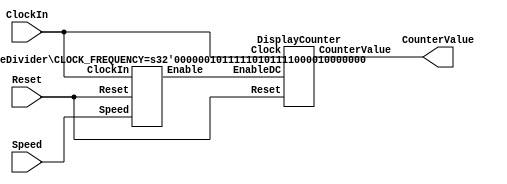
// Top Level Module
module part2 #(
    parameter CLOCK_FREQUENCY = 50000000
) (
    input ClockIn,
    input Reset,
    input [1:0] Speed,
    output [3:0] CounterValue
);
  wire EnableDC;

  // Instantiate Rate Divider
  RateDivider #(
      .CLOCK_FREQUENCY(CLOCK_FREQUENCY)
  ) RDInst (
      .ClockIn(ClockIn),
      .Reset  (Reset),
      .Speed  (Speed),
      .Enable (EnableDC)
  );

  // Instantiate Display Counter
  DisplayCounter DCInst (
      .Clock(ClockIn),
      .Reset(Reset),
      .EnableDC(EnableDC),
      .CounterValue(CounterValue)
  );

// 	// Hex Decoder
// 	HexDecoder HexInst (
//      .hex(CounterValue), .display(HEX0)  
//    );

endmodule

// Rate Divider Module takes a fast clock signal and divides its frequency to generate a slower pulse signal, enabling the DisplayCounter to update its value at controlled intervals
module RateDivider #(
    parameter CLOCK_FREQUENCY = 50000000
) (
    input ClockIn,
    input Reset,
    input [1:0] Speed,
    output Enable
);
    // Automatically find minimum number of bits for clock frequency (flexibility)
    // counter
    reg [31:0] maxCount;
    reg [31:0] counter; 

	always @(posedge ClockIn) begin
        if (Reset) begin
            // reset counter to 0 on reset, keep enable to low 
            counter <= maxCount;
				case(Speed)
                // Full speed (once every clock period)
                2'b00: maxCount = 32'b0; 
                // 1 Hz (once a second)
                2'b01: maxCount = CLOCK_FREQUENCY - 1; 
                // 0.5 Hz (once every 2 seconds)
                2'b10: maxCount = CLOCK_FREQUENCY * 2 - 1;
                // 0.25 Hz (once every 4 sec)
                2'b11: maxCount = CLOCK_FREQUENCY * 4 - 1; 
            endcase
            counter <= maxCount;
        end

        if(counter != 32'b0) begin
            counter <= counter - 1;
        end

        else begin
        		case(Speed)
                // Full speed (once every clock period)
                2'b00: maxCount = 0; 
                // 1 Hz (once a second)
                2'b01: maxCount = CLOCK_FREQUENCY - 1; 
                // 0.5 Hz (once every 2 seconds)
                2'b10: maxCount = CLOCK_FREQUENCY * 2 - 1;
                // 0.25 Hz (once every 4 sec)
                2'b11: maxCount = CLOCK_FREQUENCY * 4 - 1; 
            endcase
            counter <= maxCount;
        end
    end

    assign Enable = (counter == 0) ? 1'b1 : 1'b0;

endmodule

// Display Counter Module keeps track of a 4-bit value and increments it when the RateDivider provides EnableDC; provides a continuous stream of hexadecimal values matching the current count state of the counter to show on display
module DisplayCounter (
    input Clock,
    input Reset,
    input EnableDC,
    // 4 for hexadecimal
    output reg [3:0] CounterValue
);
    always @(posedge Clock)
    begin
        if (Reset == 1'b1) begin
            CounterValue <= 4'b0;
        end
        else if (EnableDC == 1'b1) begin
            CounterValue <= CounterValue + 1;
        end
    end
endmodule

// Hex Display Module
module HexDecoder(
    input [3:0] hex, 
    output reg [6:0] display
);
always @(*)
    begin
    case(hex)
        4'h0: display = 7'b1000000; // 0
        4'h1: display = 7'b1111001; // 1
        4'h2: display = 7'b0100100; // 2
        4'h3: display = 7'b0110000; // 3
        4'h4: display = 7'b0011001; // 4
        4'h5: display = 7'b0010010; // 5
        4'h6: display = 7'b0000010; // 6
        4'h7: display = 7'b1111000; // 7
        4'h8: display = 7'b0000000; // 8
        4'h9: display = 7'b0010000; // 9
        4'ha: display = 7'b0001000; // A
        4'hb: display = 7'b0000011; // B
        4'hc: display = 7'b1000110; // C
        4'hd: display = 7'b0100001; // D
        4'he: display = 7'b0000110; // E
        4'hf: display = 7'b0001110; // F
        default: display = 7'b1111111; // Display nothing
    endcase
end
endmodule